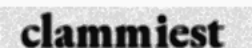
clammiest